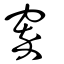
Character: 窣